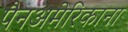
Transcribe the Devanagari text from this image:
पैनअमेरिकाना